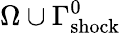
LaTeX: \Omega\cup\Gamma_{\mathrm{{shock}}}^{0}